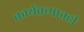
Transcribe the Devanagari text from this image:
कार्यक्रमातही